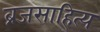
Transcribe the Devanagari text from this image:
ब्रजसाहित्य